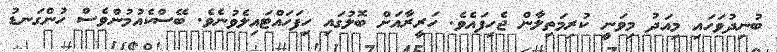
ބުނިދުވަހައި މިއަދު މިވަނީ ކުރިމަތިލާން ޖެހިފައެވެ. ހަރީރާއަށް ބޮލުގައި ހިފަހައްޓައިލެވުނެވެ. ބޭސްކެއުމުންވެސް ހުންގަނޑު